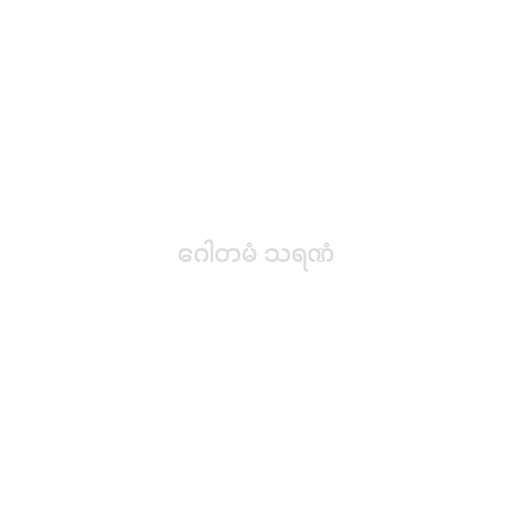
ဂေါတမံ သရဏံ